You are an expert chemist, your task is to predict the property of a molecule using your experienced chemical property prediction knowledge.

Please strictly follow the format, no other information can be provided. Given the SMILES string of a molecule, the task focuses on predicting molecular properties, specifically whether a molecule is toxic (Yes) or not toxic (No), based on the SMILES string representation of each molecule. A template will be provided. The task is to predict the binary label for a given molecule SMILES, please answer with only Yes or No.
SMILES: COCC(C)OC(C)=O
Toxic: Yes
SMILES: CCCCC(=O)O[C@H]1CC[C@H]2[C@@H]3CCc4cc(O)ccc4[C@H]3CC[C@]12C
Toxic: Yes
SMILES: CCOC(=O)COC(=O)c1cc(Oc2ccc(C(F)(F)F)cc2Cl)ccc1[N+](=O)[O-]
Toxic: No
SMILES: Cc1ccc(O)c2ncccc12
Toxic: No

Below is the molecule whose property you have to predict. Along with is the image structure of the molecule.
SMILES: CC(CN(C)C)CN1c2ccccc2S(=O)(=O)c2ccccc21
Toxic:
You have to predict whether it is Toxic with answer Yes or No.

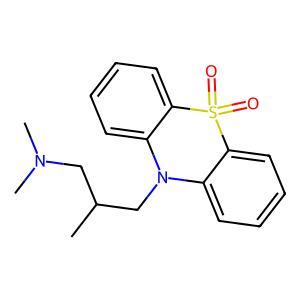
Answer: No